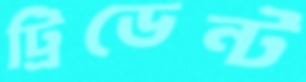
ট্রিডেন্ট